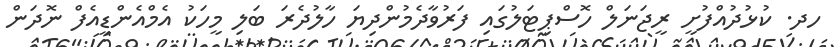
ހދ. ކުޅުދުއްފުށީ ރީޖަނަލް ހޮސްޕިޓަލުގައި ފަރުވާދެމުންދިޔަ ހާލުދެރަ ބަލި މީހަކު އެމްއެންޑީއެފް ނޮދަން